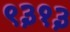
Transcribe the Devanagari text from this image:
९३१३